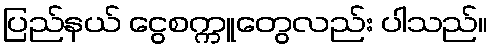
ပြည်နယ် ငွေစက္ကူတွေလည်း ပါသည်။